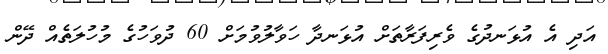
އަދި އެ އުޅަނދުގެ ވެރިފަރާތަށް އުޅަނދާ ހަވާލުވުމަށް 60 ދުވަހުގެ މުހުލަތެއް ދޭން